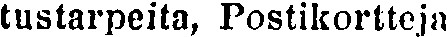
tustarpeita, Postikortteja